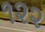
૧૨૨